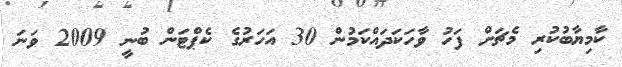
ކާމިޔާބުކުރި މެޗަށް ފަހު ވާހަކަދައްކަމުން 30 އަހަރުގެ ކެޕްޓަން ބުނީ 2009 ވަނަ